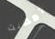
أمضيت